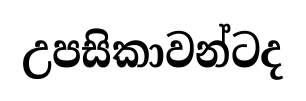
උපසිකාවන්ටද